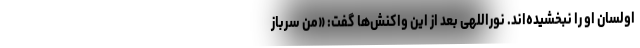
اولسان او را نبخشیده‌اند. نوراللهی بعد از این واکنش‌ها گفت: «من سرباز